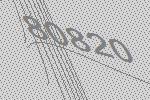
80820